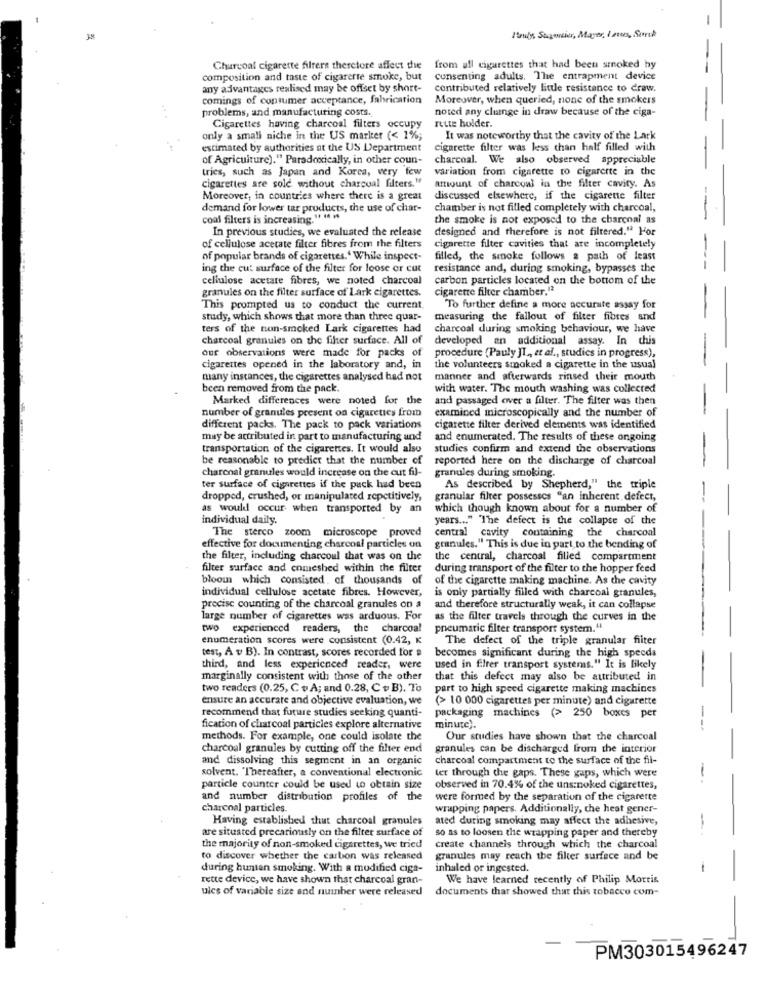
38
Handy, Staystier, Mayer, Iators, Sporth
Churcoal cigarette filters therefore affect the
from all cigarettes that had been smoked hy
composition and taste of cigarerte smoke, but
consenting adults. The entrapment device
any advantages realised may be offset by short-
contributed relatively little resistance to draw.
comings of consumer acceptance, fabrication
Moreover, when queried, none of the smokers
problems, and manufacturing costs.
noted any cluinge in draw because of the ciga-
rette holder.
Cigarettes having charcoal filters occupy
only a small niche in the US marker (< 1%;
It was noteworthy that the cavity of the Lack
estimated by authorities at the US Department
cigarette filter was less than half filled with
of Agriculture)." Paradoxically, in other coun-
charcoal. We also observed appreciable
tries, such as Japan and Korea, very few
variation from cigarette to cigarette in the
cigarettes are sold without charcoal filters."
amount of charcoal in the filter cavity. As
Moreover, in countries where there is a great
discussed elsewhere, if the cigarette filter
demand for lower tar products, the use of char-
chamber is not filled completely with charcoal,
coal filters is increasing."
the smoke is not exposed to the charcoal as
In previous studies, we evaluated the release
designed and therefore is not filtered." Por
of cellulose acetate filter fibres from the filters
cigarette filter cavities that are incompletely
of popular brands of cigarettes.' While inspect-
filled, the smoke follows a path of least
ing the cut surface of the filter for loose or cut
resistance and, during smoking, bypasses the
cellulose acetate fibres, we noted charcoal
carbon particles located on the bottom of the
cigarette filter chamber."
granules on the filter surface of Lark cigarettes.
This prompted us to conduct the current
To further define a more accurate assay for
study, which shows that more than three quar-
measuring the fallout of filter fibres and
ters of the non-smoked Lark cigarettes had
charcoal during smoking behaviour, we have
charcoal granules on the filter surface. All of
developed an additional assay. In this
our observations were made for packs of
procedure (Pauly JI ,, et al ., studies in progress),
cigarettes opened in the laboratory and, in
the volunteers smoked a cigarette in the usual
many instances, the cigarettes analysed had not
manner and afterwards rinsed their mouth
been removed from the pack.
with water. The mouth washing was collected
Marked differences were noted for the
and passaged over a filter. The filter was then
number of granules present on cigarettes from
examined microscopically and the number of
different packs. The pack to pack variations
cigarette filter derived elements was identified
may be attributed in part to manufacturing and
and enumerated. The results of these ongoing
transportation of the cigarettes. It would also
studies confirm and extend the observations
be reasonable to predict that the number of
reported here on the discharge of charcoal
charcoal granules would increase on the cut fil-
granules during smoking.
ter surface of cigarettes if the puck had been
As described by Shepherd," the triple
dropped, crushed, or manipulated repetitively,
granular filter possesses "an inherent defect,
as would occur when transported by an
which though known about for a number of
individual daily.
years ... " "The defect is the collapse of the
The sterco zoom microscope proved
central cavity conmining the charcoal
effective for documenting charcoal particles on
granules." This is due in part, to the bending of
the filter, including charcoul that was on the
the central, charcoal filled compartment
filter surface and enmeshed within the filter
during transport of the filter to the hopper feed
bloom which consisted. of thousands of
of the cigarette making machine. As the cavity
individual cellulose acetate fibres. However,
is only partially filled with charcoal granules,
precise counting of the charcoal granules on a
and therefore structurally weak, it can collapse
large number of cigarettes was arduous. For
as the filter travels through the curves in the
two experienced readers, the charcoal
pneumatic filter transport system."
enumeration scores were consistent (0.42, K
The defect of the triple granular filter
test, A v B). In contrast, scores recorded for s
becomes significant during the high speeds
third, and less experienced reader, were
used in filter transport systems." It is likely
marginally consistent with those of the other
that this defect may also be attributed in
two readers (0.25, C + A; and 0.28, C + B). To
part to high speed cigarette making machines
ensure an accurate and objective evaluation, we
(> 10 000 cigarettes per minute) and cigarette
recommend that future studies seeking quanti-
packaging machines (> 250 boxes per
-
fication of charcoal particles explore alternative
minute).
methods. For example, one could isolate the
Our studies have shown that the charcoal
charcoal granules by cutting off the filter end
granules can be discharged from the interior
and dissolving this segment in an organic
charcoal compartment to the surface of the fil-
solvent. "Thereafter, a conventional electronic
ter through che gaps. These gaps, which were
particle counter could be used to obtain size
observed in 70.4% of the uns:noked cigarettes,
and number distribution profiles of the
were formed by the separation of the cigarette
charcoal particles
wrapping papers. Additionally, the heat gener-
Having established that charcoal granules
ated during smoking may affect the adhesive,
are situated precariously on the filter surface of
so as to loosen the wrapping paper and thereby
-
the majority of non-smoked cigarettes, we tried
create channels through which the charcoal
to discover whether the carbon was released
granules may reach the filter surface and be
during huntan smoking. With a modified ciga-
inhaled or ingested.
-
rette device, we have shown that charcoal gran-
We have learned recently of Philip Morris
ules of variable size and number were released
documents thar showed that this tobacco com-
PM303015496247